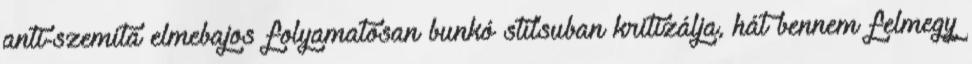
anti-szemita elmebajos folyamatosan bunkó stí­lsuban kritizálja, hát bennem felmegy